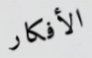
الأفكار